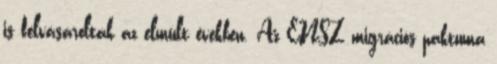
is felvásárolták az elmúlt években. Az ENSZ migrációs paktuma